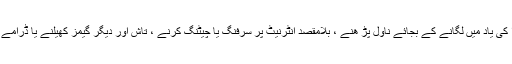
لوگ اس وقت کو عبادات، اذکار اور خدا کی یاد میں لگانے کے بجائے ناول پڑ ھنے ، بلامقصد انٹرنیٹ پر سرفنگ یا چیٹنگ کرنے ، تاش اور دیگر گیمز کھیلنے یا ڈرامے اور فلمیں دیکھنے میں گزار دیتے ہیں ۔